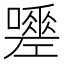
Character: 𭋿